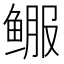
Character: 𬶚